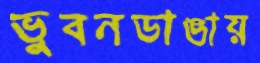
ভুবনডাঙায়